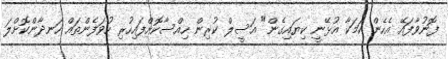
ފޮނުވާފައޭ އެހެން ކަމަކާ އުޅޭނީ ކިޔައިގެން" އަސީލް ކުރިން ހިއްސާކޮށްފައިހުރި ހުވަފެންތައް ހަނދާންކޮށްލަ